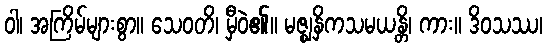
ဝါ၊ အကြိမ်များစွာ။ သေဝတိ၊ မှီဝဲ၏။ မဇ္ဈနှိကသမယန္တိ၊ ကား။ ဒိဝသဿ၊